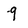
Character: 9